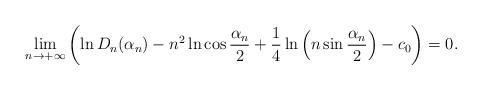
LaTeX: \begin{align*}\lim\limits_{n\to+\infty}\left(\ln D_n(\alpha_n)-n^2\ln\cos\frac{\alpha_n}{2}+\frac{1}{4}\ln\left(n\sin\frac{\alpha_n}{2}\right)-c_0\right)=0.\end{align*}